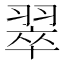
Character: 翠